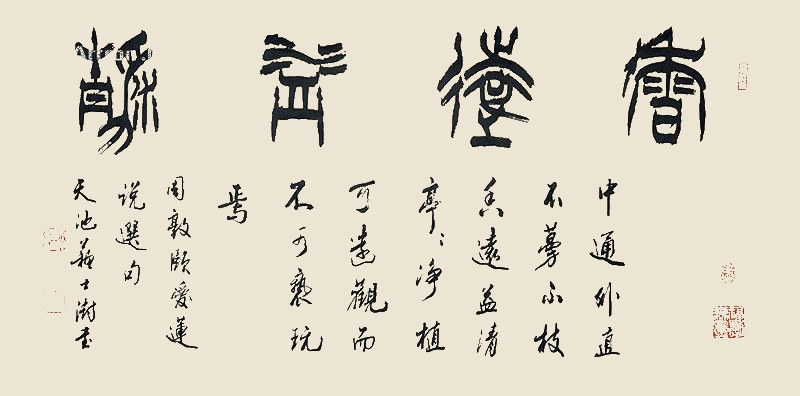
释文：出淤泥而不染，濯清涟而不妖。中通外直，不蔓不枝，香远益清，亭亭净植，可远观而不可亵玩焉。周敦颐爱莲说选句，天池苏士澍。